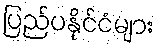
ပြည်ပနိုင်ငံများ